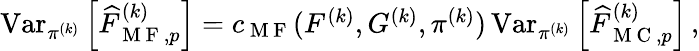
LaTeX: \begin{array}{r}{\operatorname{Var}_{\pi^{(k)}}\left[\widehat{F}_{\mathrm{~M~F~},p}^{(k)}\right]=c_{\mathrm{~M~F~}}(F^{(k)},G^{(k)},\pi^{(k)})\operatorname{Var}_{\pi^{(k)}}\left[\widehat{F}_{\mathrm{~M~C~},p}^{(k)}\right]\, ,}\end{array}